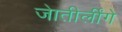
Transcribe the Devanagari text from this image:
जेातीर्लींगे